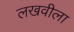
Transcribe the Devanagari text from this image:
लखवीला